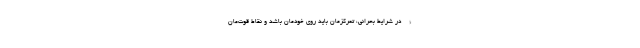
* - در شرایط بحرانی، تمرکزمان باید روی خودمان باشد و نقاط قوت‌مان